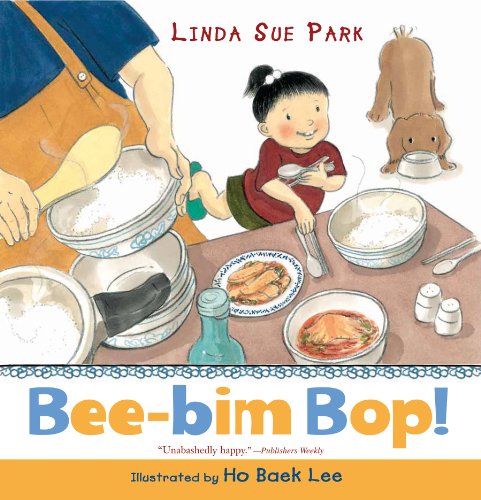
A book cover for Bee-Bim Bop!; Linda Sue Park; Reference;